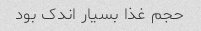
حجم غذا بسیار اندک بود